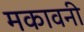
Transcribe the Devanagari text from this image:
मकावनी